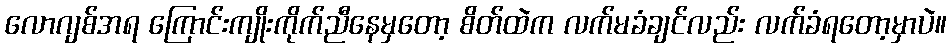
လောဂျစ်အရ ကြောင်းကျိုးကိုက်ညီနေမှတော့ စိတ်ထဲက လက်မခံချင်လည်း လက်ခံရတော့မှာပဲ။